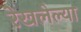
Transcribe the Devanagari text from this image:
रेखलेल्या